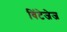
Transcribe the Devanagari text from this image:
विंटेजेज